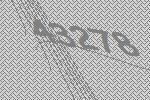
43278